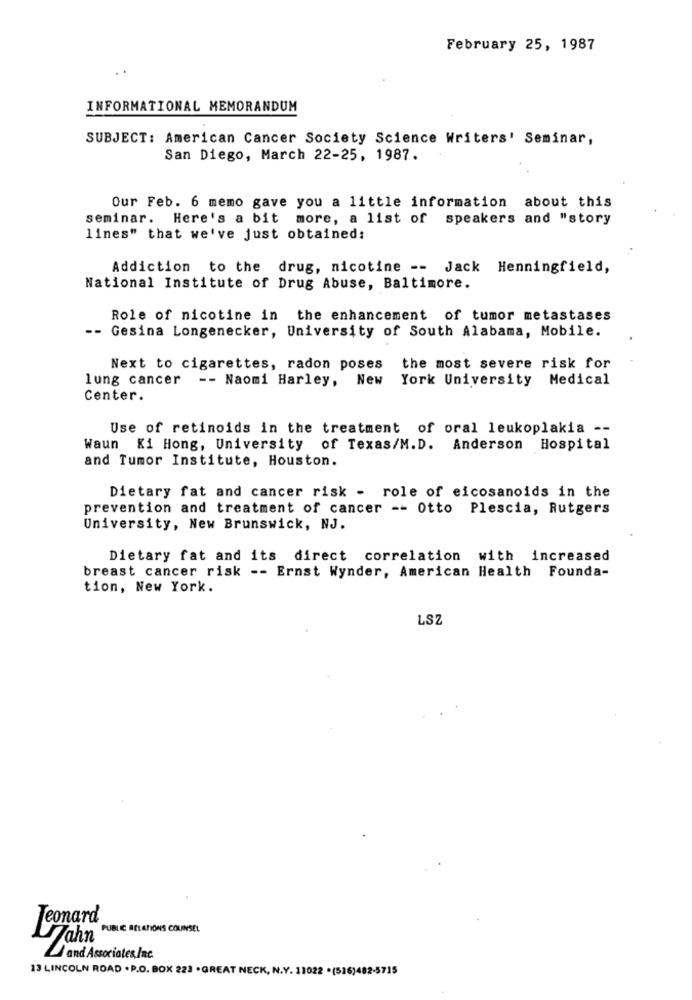
February 25, 1987
INFORMATIONAL MEMORANDUM
SUBJECT: American Cancer Society Science Writers' Seminar,
San Diego, March 22-25, 1987.
Our Feb. 6 memo gave you a little information about this
seminar. Here's a bit more, a list of speakers and "story
lines" that we've just obtained:
Addiction to the drug, nicotine -- Jack Henningfield,
National Institute of Drug Abuse, Baltimore.
Role of nicotine in the enhancement of tumor metastases
-- Gesina Longenecker, University of South Alabama, Mobile.
Next to cigarettes, radon poses
the most severe risk for
lung cancer -- Naomi Harley, New York University Medical
Center.
Use of retinoids in the treatment of oral leukoplakia --
Waun Ki Hong, University of Texas/M.D. Anderson Hospital
and Tumor Institute, Houston.
Dietary fat and cancer risk - role of eicosanoids in the
prevention and treatment of cancer -- Otto Plescia, Rutgers
University, New Brunswick, NJ.
Dietary fat and its direct correlation with increased
breast cancer risk -- Ernst Wynder, American Health Founda-
tion, New York.
LSZ
Jeonard
PUBLIC RELATIONS COUNSEL
Jahn
and Associates,Inc.
13 LINCOLN ROAD . P.O. BOX 223 .GREAT NECK, N.Y. 11022 .(516)482-5715